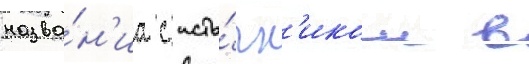
назва́н'иа с исто́чн'иком в